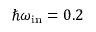
\hbar \omega _ { \mathrm { i n } } = 0 . 2